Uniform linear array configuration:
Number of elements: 32
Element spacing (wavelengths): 0.75
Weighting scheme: kaiser
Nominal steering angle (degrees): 30
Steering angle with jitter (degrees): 28.239
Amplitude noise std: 0.05
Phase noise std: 0.05

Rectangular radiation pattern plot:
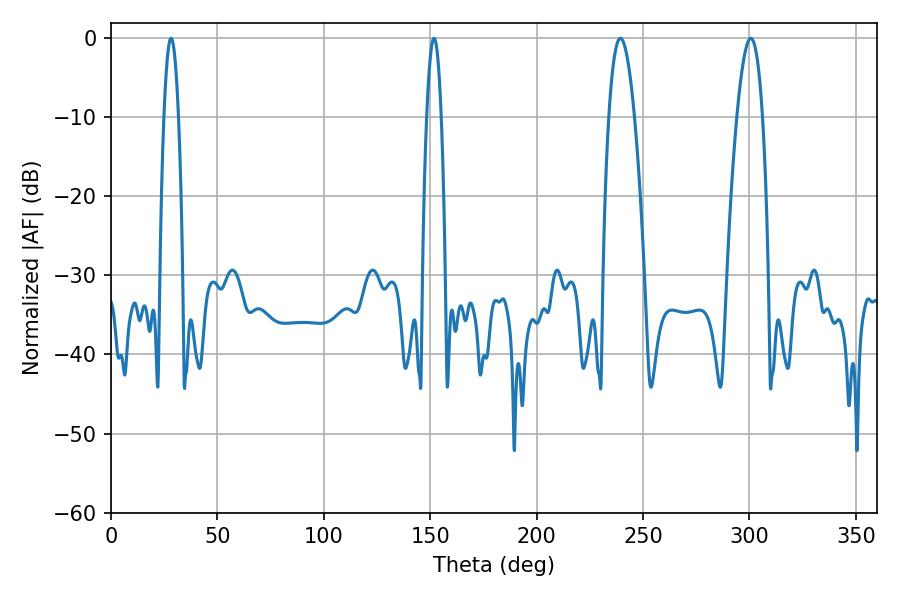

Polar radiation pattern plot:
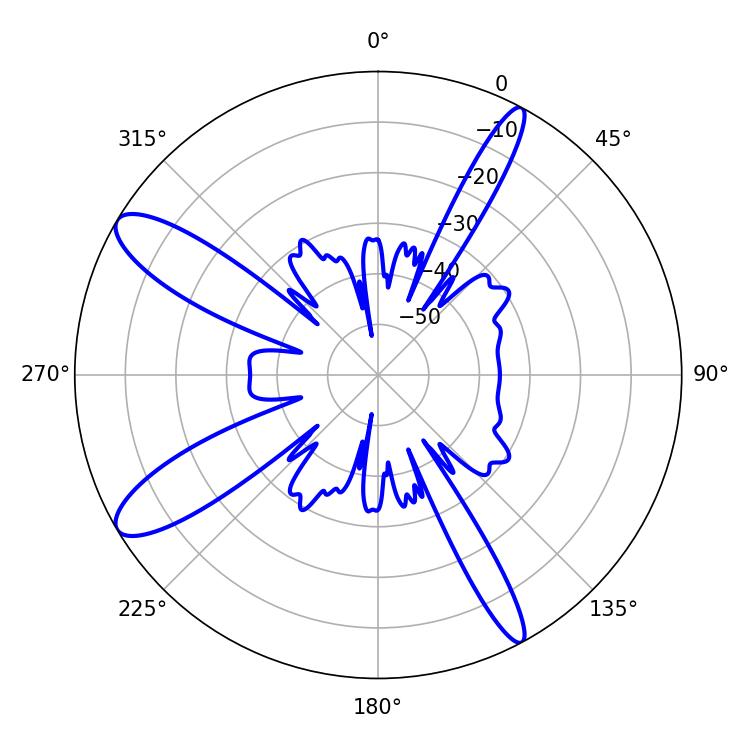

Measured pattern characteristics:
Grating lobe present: TRUE
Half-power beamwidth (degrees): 6.66
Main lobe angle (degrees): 239.4